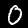
Label: 0